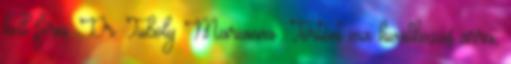
kell férni. Dr. Tuboly Marianna: Történt ma hivatkozás arra,